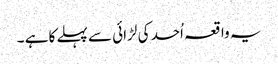
یہ واقعہ اُحد کی لڑائی سے پہلے کا ہے ۔